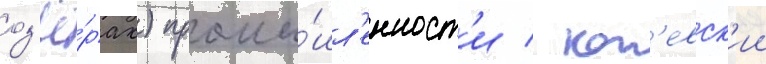
оз'ё́рах) промы́шл'енност'и / кон'евск'ии